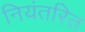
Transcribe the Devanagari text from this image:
नियंतरित